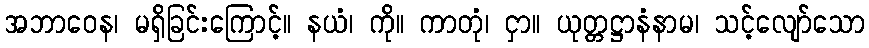
အဘာဝေန၊ မရှိခြင်းကြောင့်။ နယံ၊ ကို။ ကာတုံ၊ ငှာ။ ယုတ္တဋ္ဌာနံနာမ၊ သင့်လျော်သော